Problem: 7 × 8 = ?
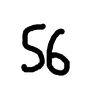
Handwritten answer: 56